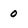
Character: 0